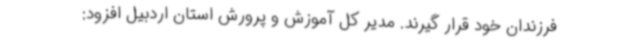
فرزندان خود قرار گیرند. مدیر کل آموزش و پرورش استان اردبیل افزود: